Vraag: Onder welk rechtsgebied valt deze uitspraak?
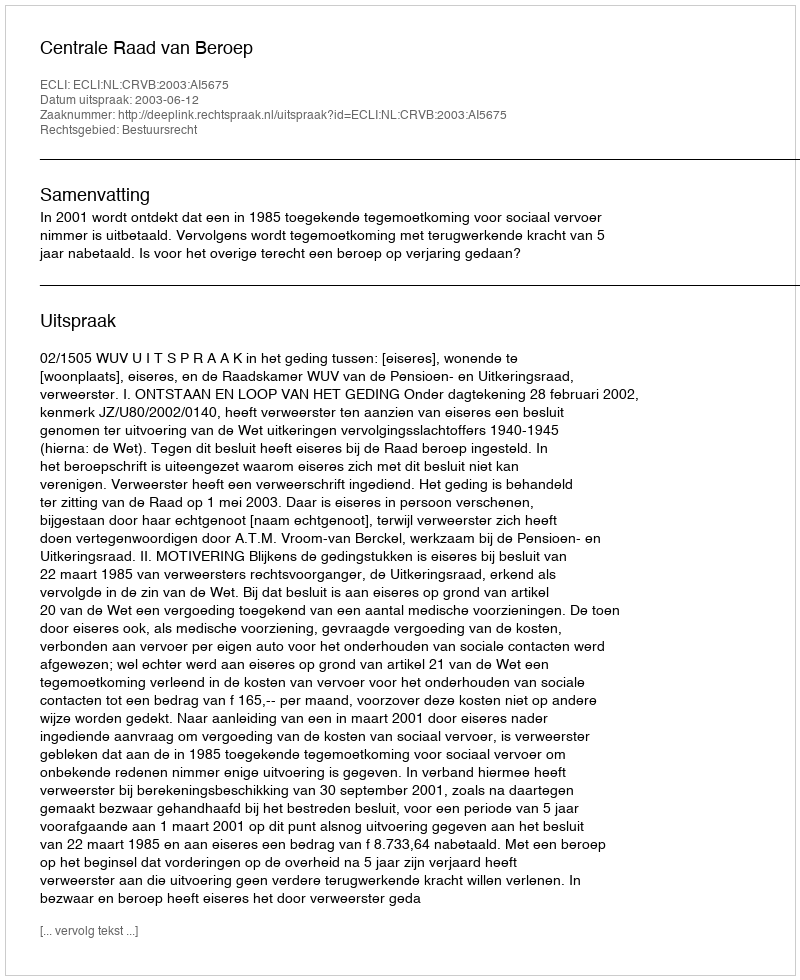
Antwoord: Bestuursrecht